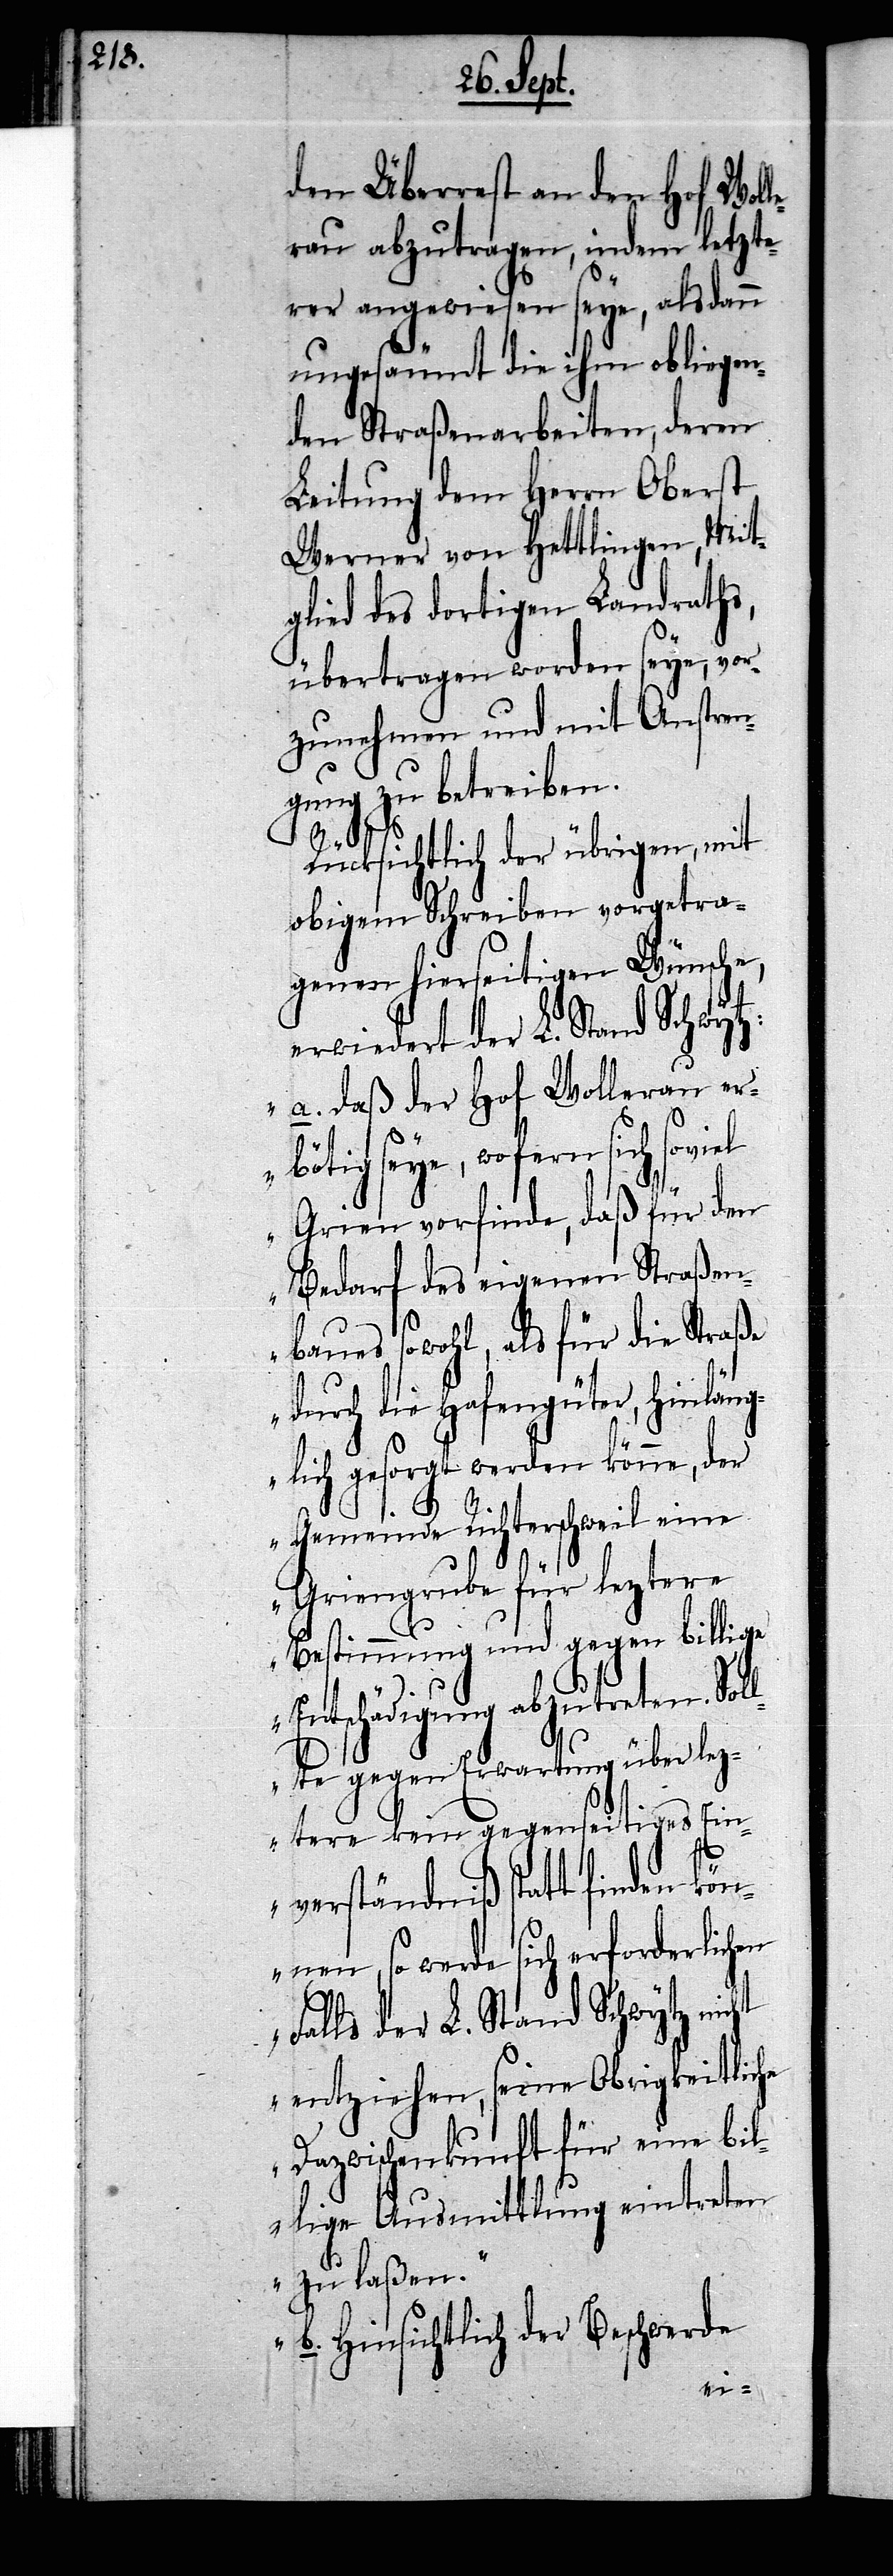
den Überrest an den Hof Woll¬
erau abzutragen, indem letzte¬
rer angewiesen seye, alsdann
ungesäumt die ihm obliegen¬
den Straßenarbeiten, deren
Leitung dem Herrn Oberst
Werner von Hettlingen, Mit¬
glied des dortigen Landraths,
übertragen worden seye, vor¬
zunehmen und mit Anstren¬
gung zu betreiben.
Rücksichtlich der übrigen, mit
obigem Schreiben vorgetra¬
genen hierseitigen Wünsche,
erwiedert der L. Stand Schwytz:
„a. daß der Hof Wollerau er¬
bötig seye, wofern sich soviel
Grien vorfinde, daß für den
Bedarf des eigenen Straßen¬
baues sowohl, als für die Straße
durch die Hafengüter, hinlän¬
glich gesorgt werden könne, der
Gemeinde Richterschweil eine
Griengrube für leztere
ht
Bestimmung und gegen billige
Entschädigung abzutreten. Sol¬
lte gegen Erwartung über lez¬
tere kein gegenseitiges Ein¬
verständniß statt finden kön¬
nen, so werde sich erforderlichen
Falls der L. Stand Schwytz nic¬
entziehen, seine Obrigkeitliche
Dazwischenkunft für eine bil¬
lige Ausmittlung eintreten
zu laßen.
b. Hinsichtlich der Beschwerde